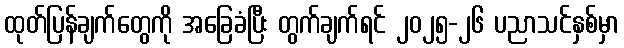
ထုတ်ပြန်ချက်တွေကို အခြေခံပြီး တွက်ချက်ရင် ၂၀၂၅-၂၆ ပညာသင်နှစ်မှာ